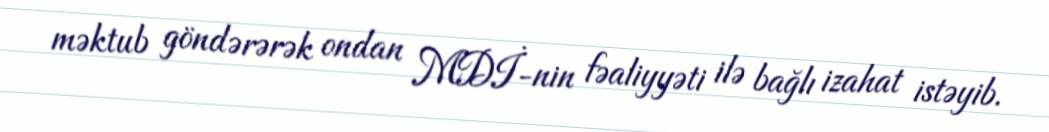
məktub göndərərək ondan MDİ-nin fəaliyyəti ilə bağlı izahat istəyib.